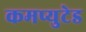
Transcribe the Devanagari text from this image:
कमप्युटेड